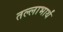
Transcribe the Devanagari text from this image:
तल्लाभार्थं